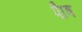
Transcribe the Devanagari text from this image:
पाैष